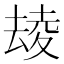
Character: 𡕮